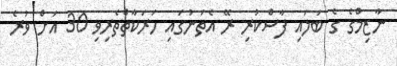
ނާޒިމްގެ ގެ ބަލައި ފާސްކުރި ރޭ އެތަނުގައި ހަރަކާތްތެރިވި 30 އަށް ވުރެ